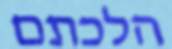
הלכתם